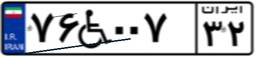
۷۶W۰۰۷۳۲